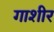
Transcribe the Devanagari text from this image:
गाशीर